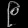
Digit: ၉